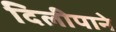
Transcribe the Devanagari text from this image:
दिलीपाने